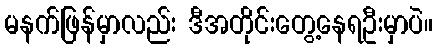
မနက်ဖြန်မှာလည်း ဒီအတိုင်းတွေ့နေရဦးမှာပဲ။